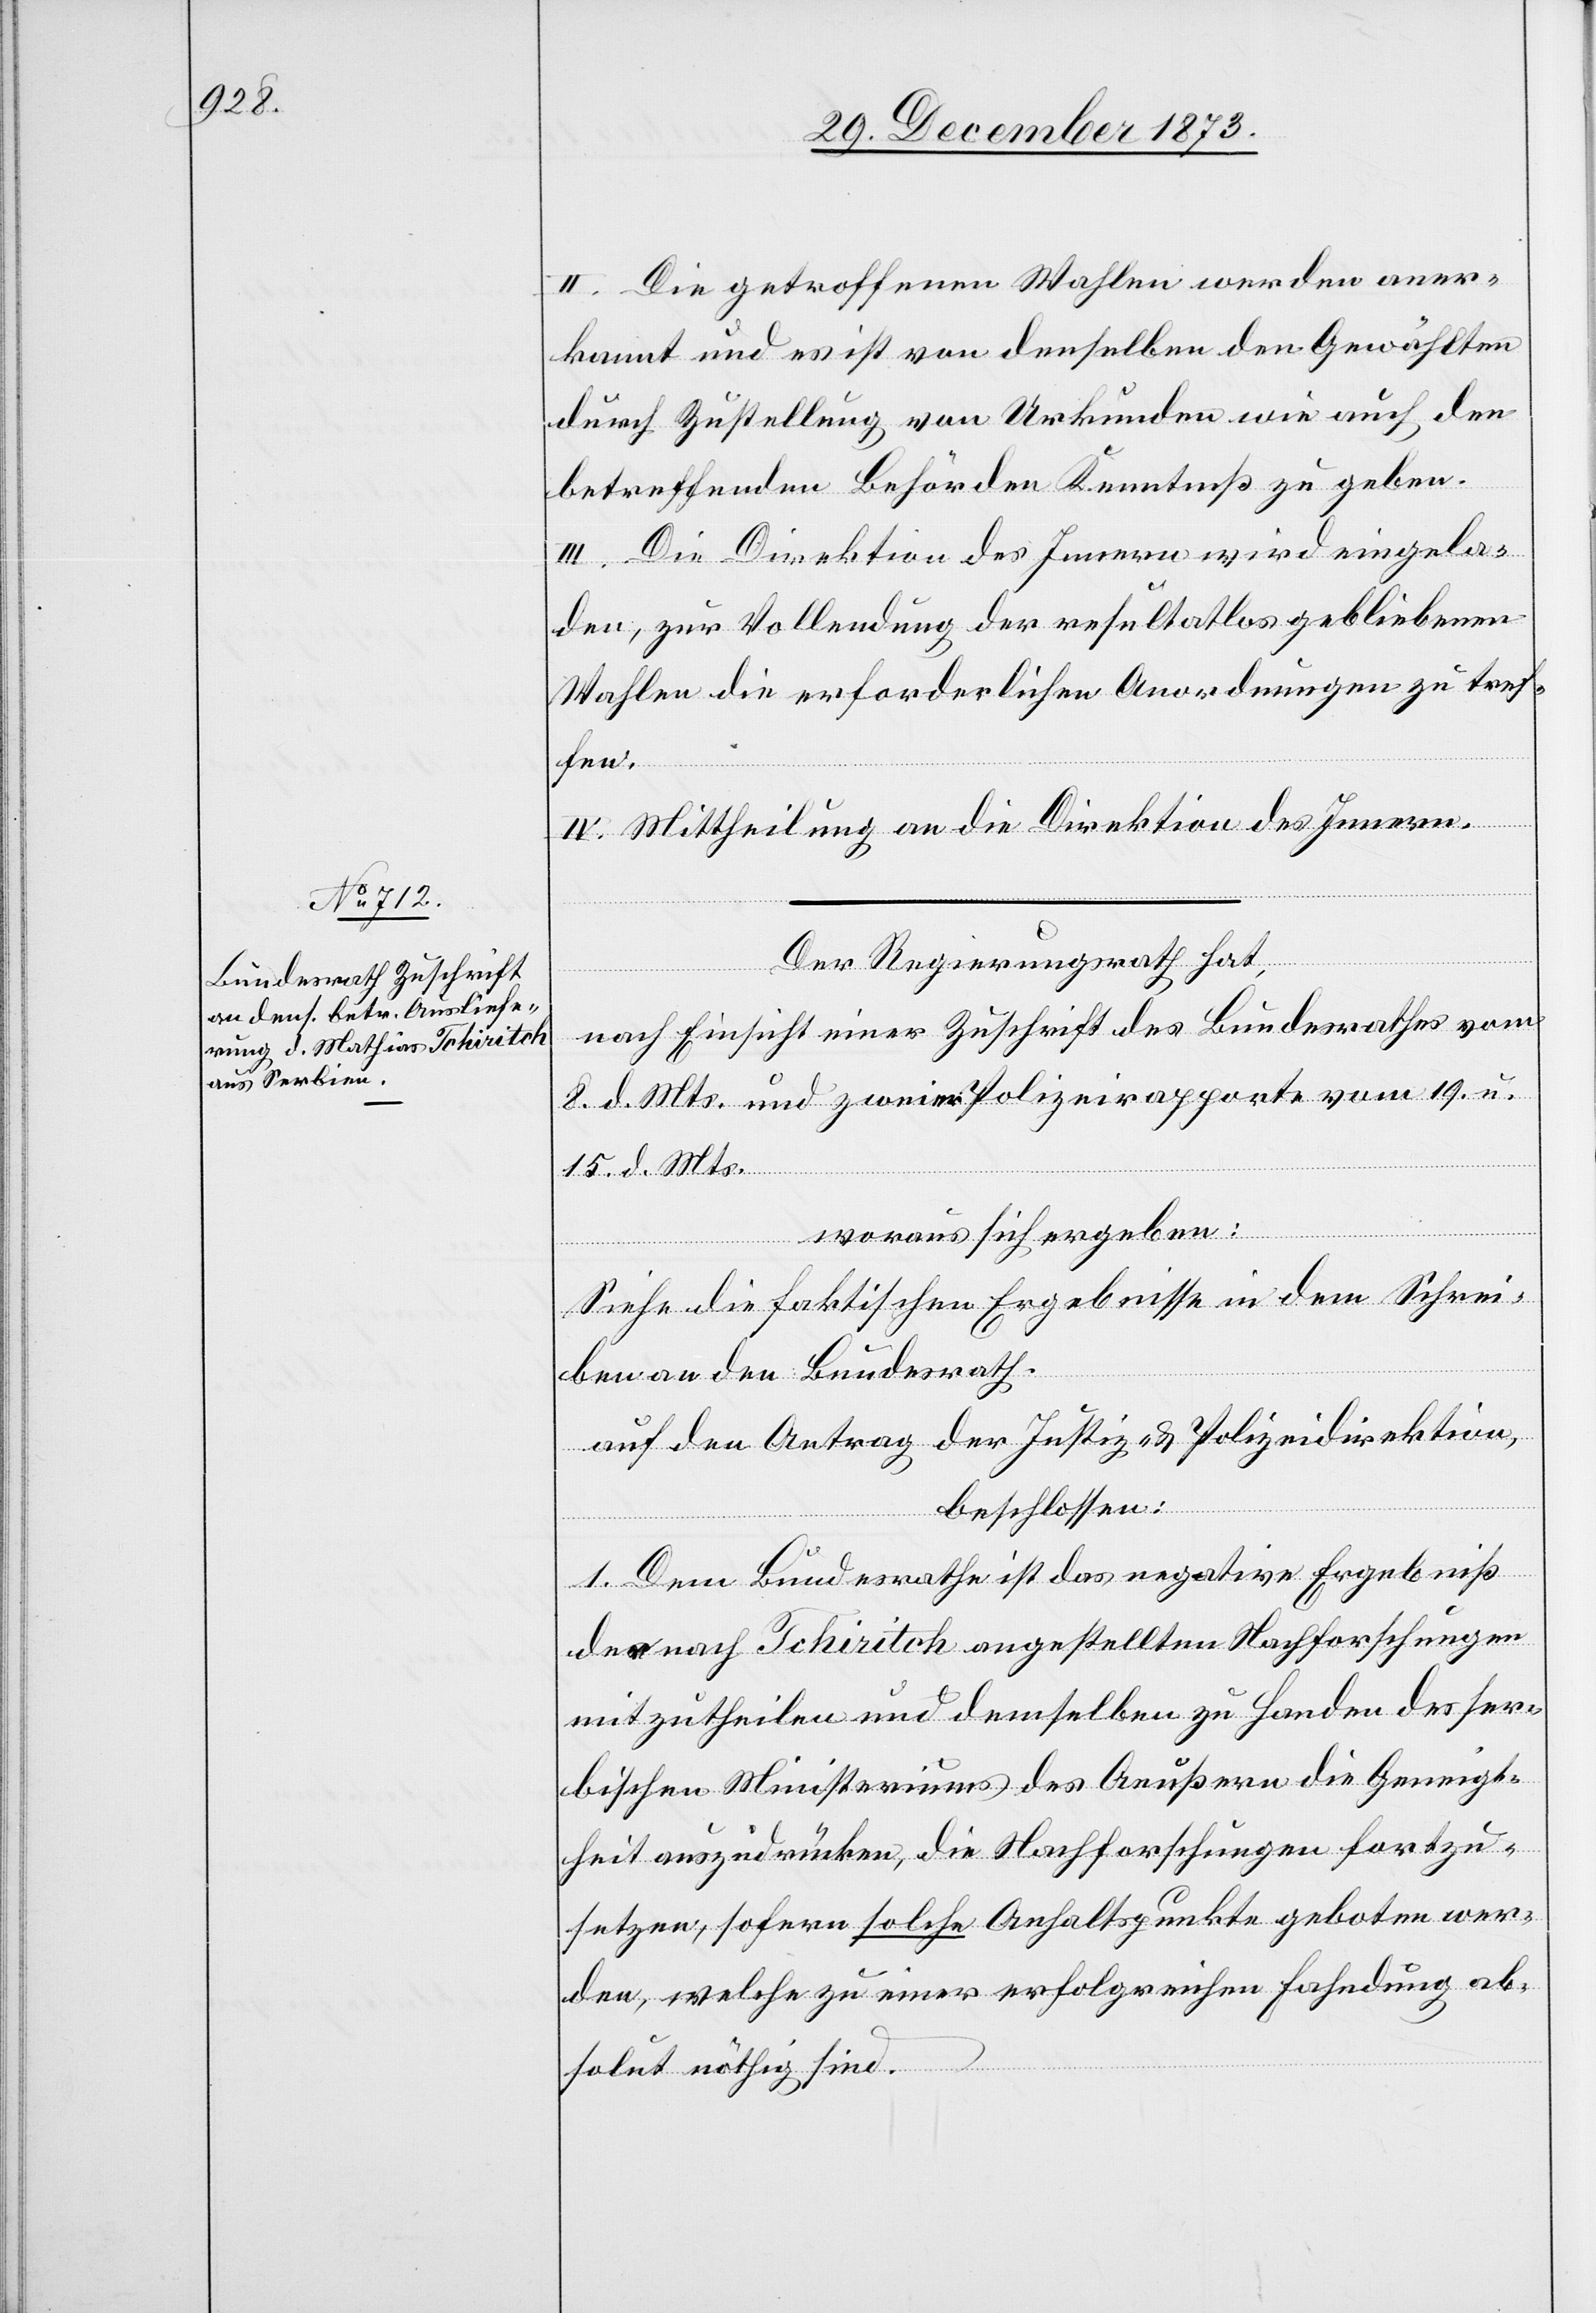
31. December 1873.]
II. Die getroffenen Wahlen werden aner¬
kannt und es ist von denselben den Gewählten
durch Zustellung von Urkunden wie auch den
betreffenden Behörden Kenntniß zu geben.
III. Die Direktion des Innern wird eingela¬
den, zur Vollendung der resultatlos gebliebenen
Wahlen die erforderlichen Anordnungen zu tref¬
fen.
IV. Mittheilung an die Direktion des Innern.
Der Regierungsrath hat,
nach Einsicht einer Zuschrift des Bundesrathes vom
8. d. Mts. und zweier Polizeirapporte vom 19. u.
15. d. Mts.
woraus sich ergeben:
Siehe die faktischen Ergebnisse in dem Schrei¬
ben an den Bundesrath.
auf den Antrag der Justiz- & Polizeidirektion,
beschlossen:
1. Dem Bundesrathe ist das negative Ergebniß
der nach Tchiritch angestellten Nachforschungen
mitzutheilen und demselben zu Handen des ser¬
bischen Ministeriums des Aeußern die Geneigt¬
heit auszudrücken, die Nachforschungen fortzu¬
setzen, sofern solche Anhaltspunkte geboten wer¬
den, welche zu einer erfolgreichen Fahndung ab¬
solut nöthig sind.